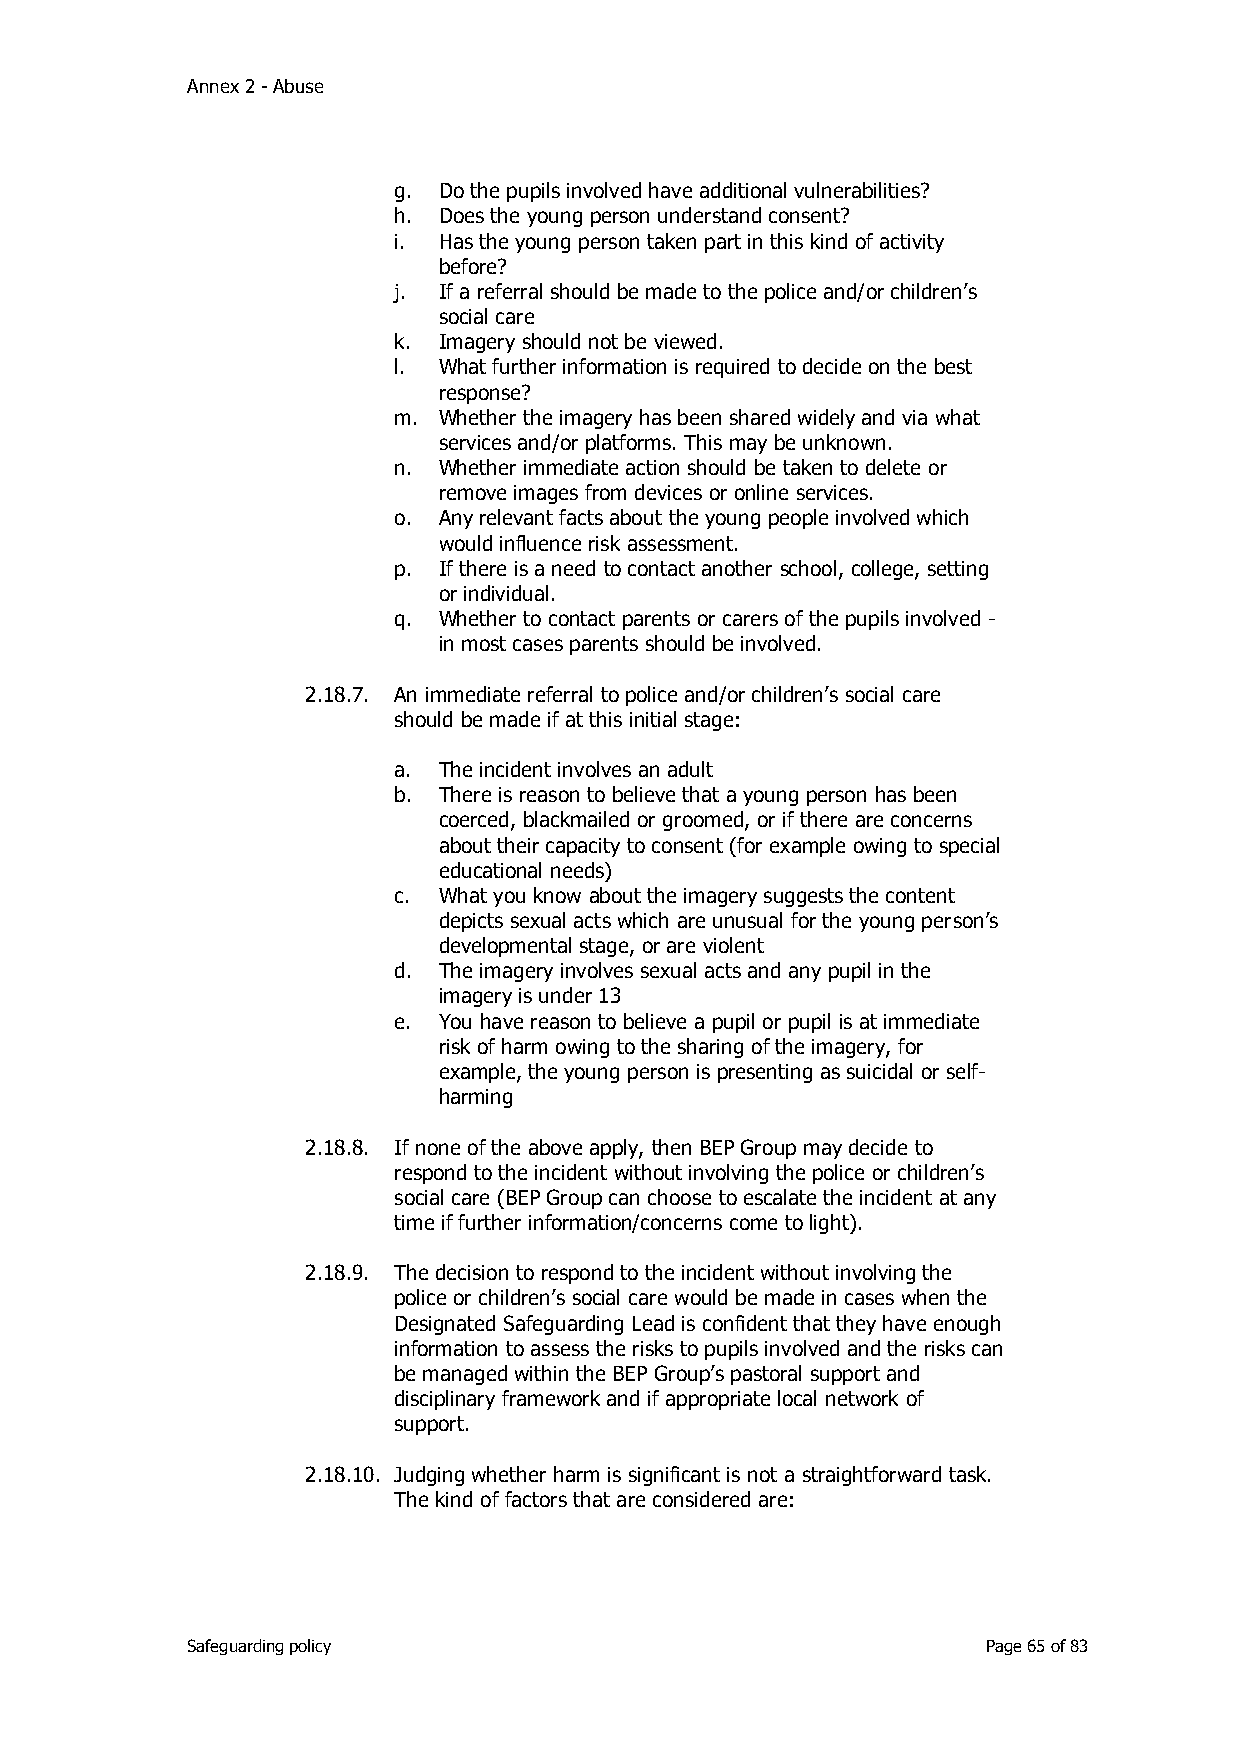
Annex 2 - Abuse
 g. Do the pupils involved have additional vulnerabilities?
 h. Does the young person understand consent?
 i. Has the young person taken part in this kind of activity
 before?
 j. If a referral should be made to the police and/or children’s
 social care
 k. Imagery should not be viewed.
 l. What further information is required to decide on the best
 response?
 m. Whether the imagery has been shared widely and via what
 services and/or platforms. This may be unknown.
 n. Whether immediate action should be taken to delete or
 remove images from devices or online services.
 o. Any relevant facts about the young people involved which
 would influence risk assessment.
 p. If there is a need to contact another school, college, setting
 or individual.
 q. Whether to contact parents or carers of the pupils involved -
 in most cases parents should be involved.
 2.18.7. An immediate referral to police and/or children’s social care
 should be made if at this initial stage:
 a. The incident involves an adult
 b. There is reason to believe that a young person has been
 coerced, blackmailed or groomed, or if there are concerns
 about their capacity to consent (for example owing to special
 educational needs)
 c. What you know about the imagery suggests the content
 depicts sexual acts which are unusual for the young person’s
 developmental stage, or are violent
 d. The imagery involves sexual acts and any pupil in the
 imagery is under 13
 e. You have reason to believe a pupil or pupil is at immediate
 risk of harm owing to the sharing of the imagery, for
 example, the young person is presenting as suicidal or self-
 harming
 2.18.8. If none of the above apply, then BEP Group may decide to
 respond to the incident without involving the police or children’s
 social care (BEP Group can choose to escalate the incident at any
 time if further information/concerns come to light).
 2.18.9. The decision to respond to the incident without involving the
 police or children’s social care would be made in cases when the
 Designated Safeguarding Lead is confident that they have enough
 information to assess the risks to pupils involved and the risks can
 be managed within the BEP Group’s pastoral support and
 disciplinary framework and if appropriate local network of
 support.
 2.18.10. Judging whether harm is significant is not a straightforward task.
 The kind of factors that are considered are:
 Safeguarding policy                                  Page 65 of 83